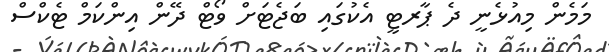
މަމެން މިއުޅެނީ ދެ ޕާރޓީ އެކުގައި ބަޖެޓަށް ވޯޓް ދޭން އިންކަމް ޓެކްސް